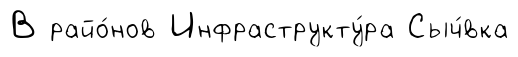
В райо́нов Инфраструкту́ра Сыч́вка